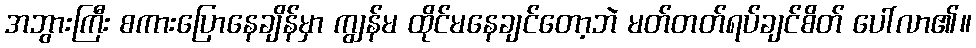
အဘွားကြီး စကားပြောနေချိန်မှာ ကျွန်မ ထိုင်မနေချင်တော့ဘဲ မတ်တတ်ရပ်ချင်စိတ် ပေါ်လာ၏။